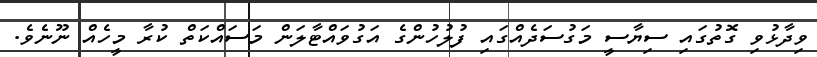
ވިދާޅުވި ގޮތުގައި ސިޔާސީ މަގުސަދެއްގައި ފުލުހުންގެ އަގުވައްޓާލަން މަސައްކަތް ކުރާ މީހެއް ނޫނެވެ.